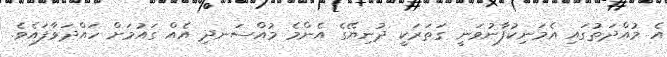
އެ މުއްދަތުގައި އެމަނިކުފާނުވަނީ ގަތަރަކީ ދުނިޔޭގެ އެންމެ މުއްސަނދި އެއް ގައުމަށް ހައްދަވާފައެވެ.